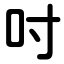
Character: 吋